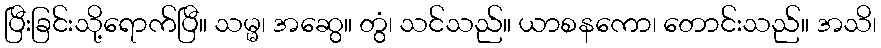
ပြီးခြင်းသို့ရောက်ပြီ။ သမ္မ၊ အဆွေ။ တွံ၊ သင်သည်။ ယာစနကော၊ တောင်းသည်။ အသိ၊